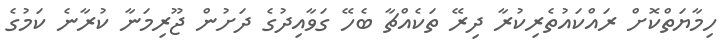
ހިމާޔަތްކޮށް ރައްކައުތެރިކުރާ ދިރޭ ތަކެއްޗާ ބެހޭ ގަވާއިދުގެ ދަށުން ޖޫރިމަނާ ކުރާނެ ކަމުގެ